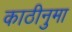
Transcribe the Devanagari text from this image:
काठीनुमा